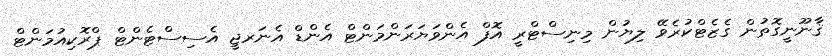
ޤާނޫނީގޮތުން ގެޒެޓްކުރެވޭ ލިޔުން މިނިސްޓްރީ އޮފް އެންވަޔަރަންމަންޓް އެންޑް އެނަރޖީ އެސިސްޓެންޓް ޕްރޮކިއުމަންޓް